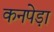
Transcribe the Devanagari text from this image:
कनपेड़ा